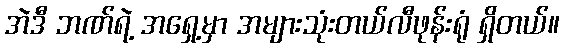
အဲဒီ ဘဏ်ရဲ့ အရှေ့မှာ အများသုံးတယ်လီဖုန်းရုံ ရှိတယ်။